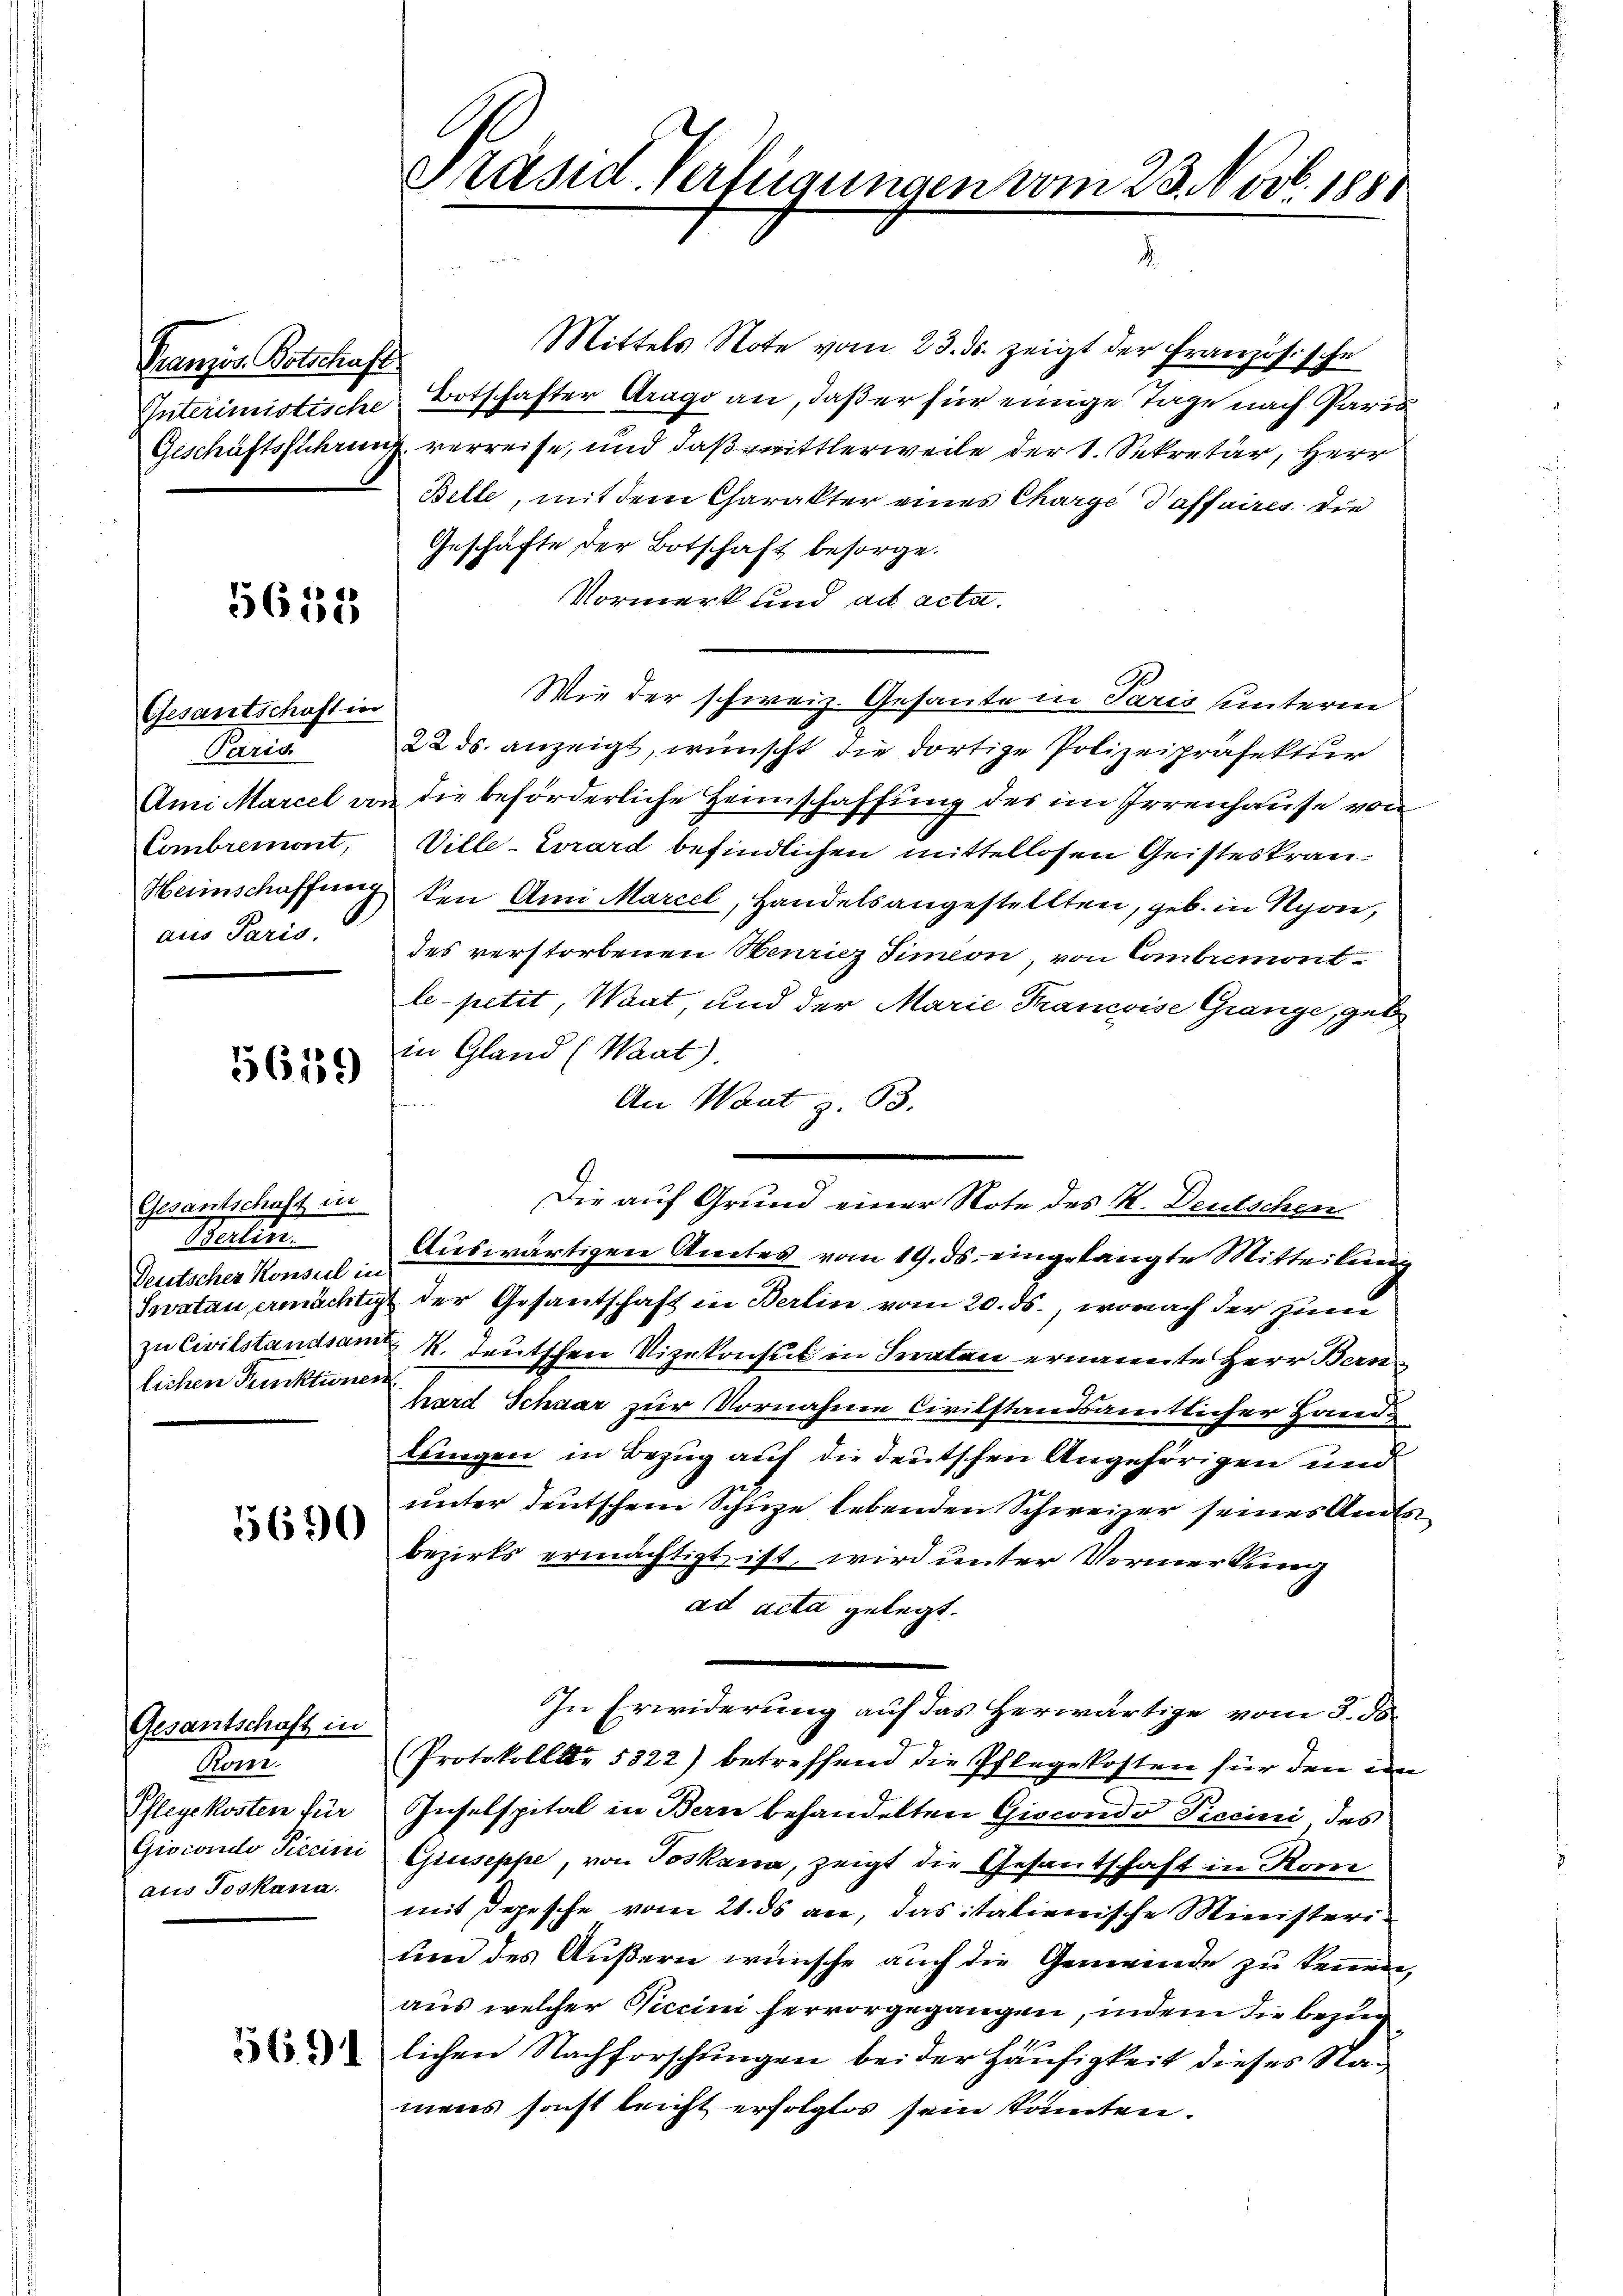
Französ. Botschaft

5652

Gesantschaft in
Paris
aus Paris.

5619

Gesantschaft in
Malten
Deutschen Konsul in
lichen Punktionen

5690

Gesantschaft in
Gom.
aus Joskana

Mittels Note vom 23. ds. zeigt der Französische
Interimistische Botschafter Arago an, daß er für einige Tage nach Paris
Geschäftsstehrung verreise, und daß mittlerweile der 1. Sekretär, Herr
Belle, mit dem Charakter eines Charge Taffaires die
Geschäfte der Botschaft besorge.
Vormerk und ad acta.
Wie der schweiz. Gesante in Paris unterm
22. ds. anzeigt, wünscht die dortige Polizeipräfektur
Ami Marcel von die beförderliche Heimschaffung des im Irrenhause von
Combremont, Ville-Erard befindlichen mittellosen Geisteskran¬
Heimschaffung den Ami Marcel, Handelsangestellten, geb. in Nyon,
des verstorbenen Heuricz Simeon, von Combiemont
lepetit, Waat, und der Marie Francoise Grange, geb
in Gland (Waat).
An Waatz. 33.
Auswärtigen Amtes vom 19. ds. eingelangte Mitteilung
Swatau ermächtigt der Gesantschaft in Berlin vom 20. ds., wonach der zum
zu Civilstandsamt K. deutschen Vizekonsul in Fraten ernannte Herr Bernnard Schaar zur Vornahme Civilstandsamtlicher Handllingen in Bezug auf die deutschen Angehörigen und
unter deutschen Schuze lebenden Schweizer seines Amtsbezirks ermächtigt ist, wird unter Vormerkung
ad acta gelegt.
In Erwiderung auf das Herwärtige vom 3. ds.
(Protokoll. 5322) betreffend die Pflegekosten für den in
Pflegekosten für Inselspital in Bern behandelten Giscondo Ticcini des
Giocondo Tiscini Giuseppe, von Joskana, zeigt die Gesantschaft in Kom
mit Depesche vom 21. ds an, das italienische Ministeri¬
und des Äußern wünsche auch die Gemeinde zu kennen,
aus welcher Viccini hervorgegangen, indem die Bezu
dlichen Nachforschŭngen bei der Häufigkeit dieses Staa
mens sonst leicht erfolglos sein konnten.

Präsid. Verfügungen vom 23. Nov. 1881

Die auf Grund einer Note des K. Deutschen